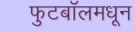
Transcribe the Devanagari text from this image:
फुटबॉलमधून